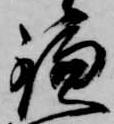
鎌